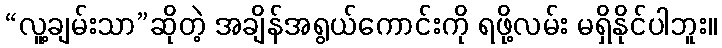
“လူ့ချမ်းသာ”ဆိုတဲ့ အချိန်အရွယ်ကောင်းကို ရဖို့လမ်း မရှိနိုင်ပါဘူး။